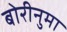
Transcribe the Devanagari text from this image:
बोरीनुमा